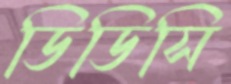
ডিডিসি